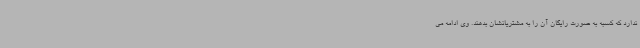
ندارد که کسبه به صورت رایگان آن را به مشتریانشان بدهند. وی ادامه می